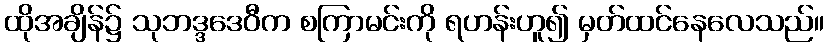
ထိုအချိန်၌ သုဘဒ္ဒဒေဝီက စကြာမင်းကို ရဟန်းဟူ၍ မှတ်ထင်နေလေသည်။